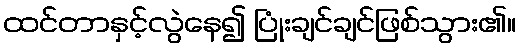
ထင်တာနှင့်လွဲနေ၍ ပြုံးချင်ချင်ဖြစ်သွား၏။